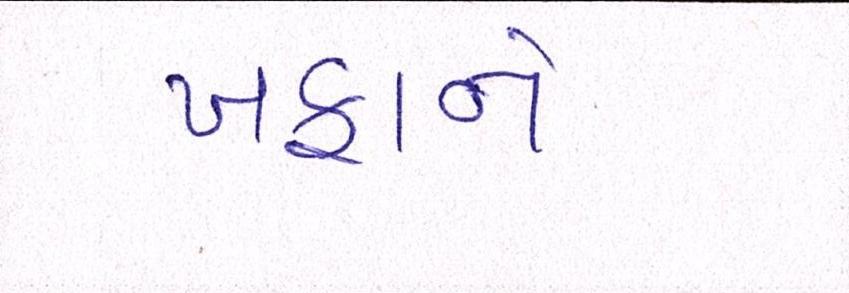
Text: ખફાનો